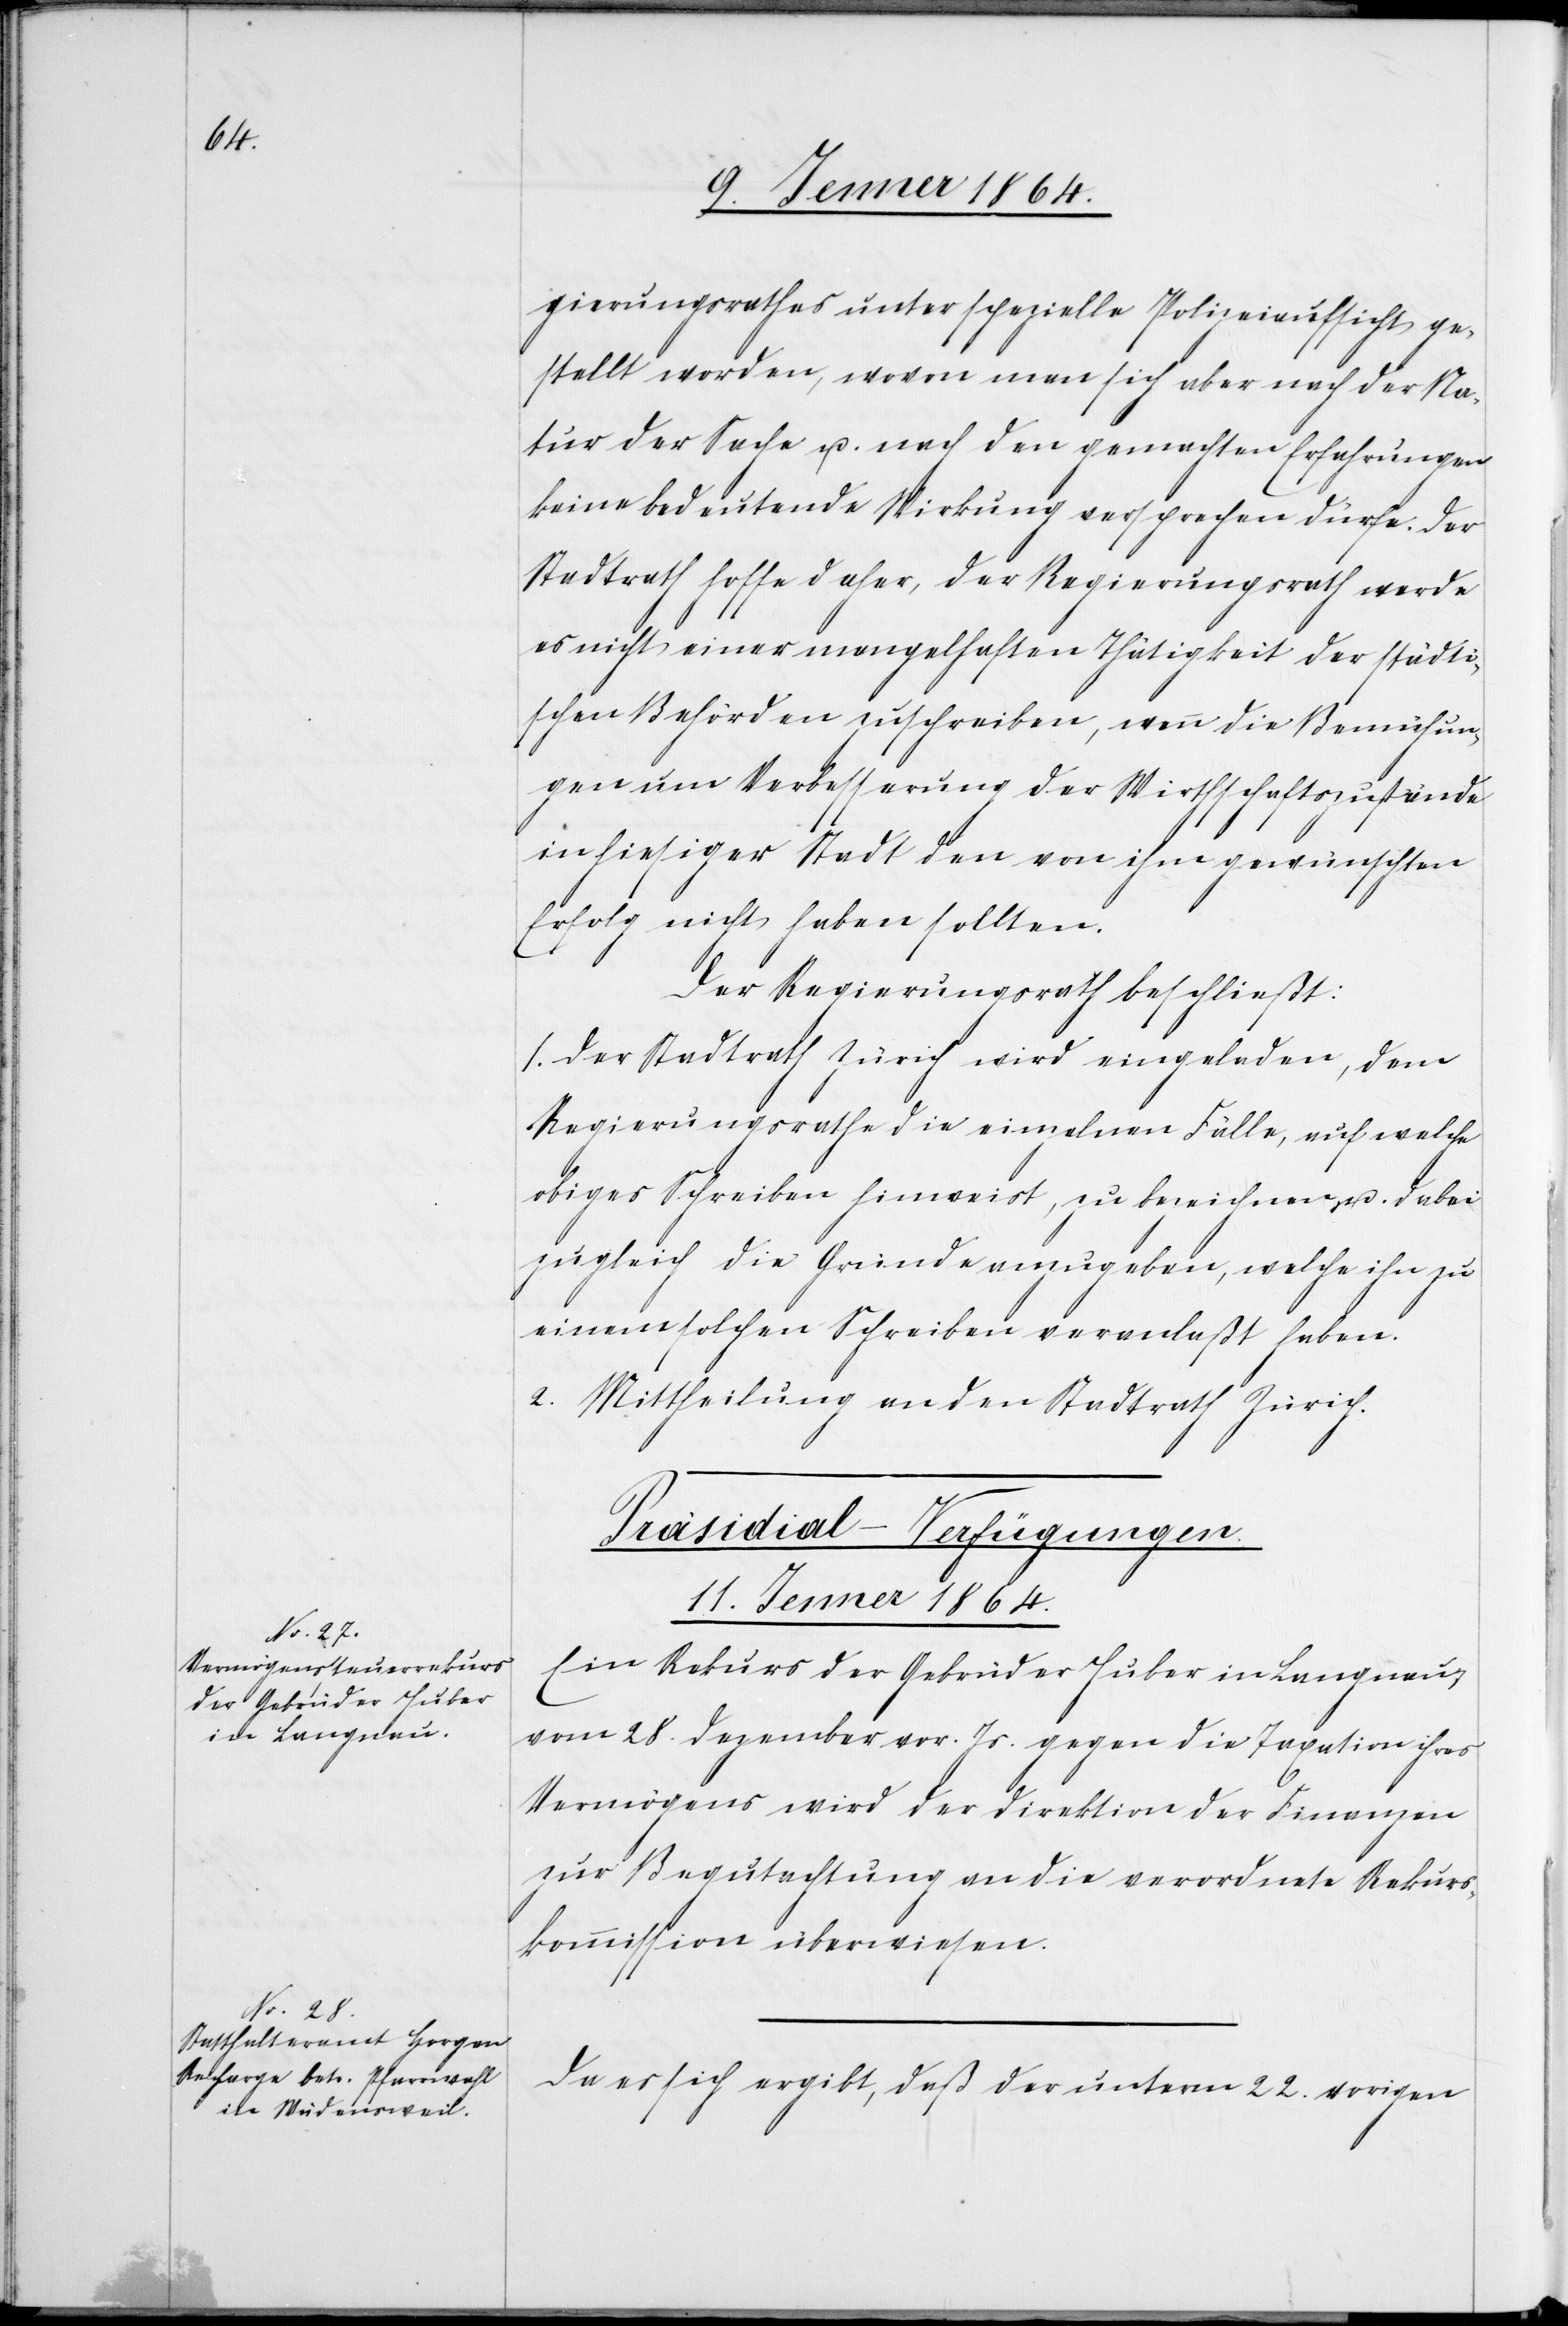
gierungsrathes unter spezielle Polizeiaufsicht ge¬
stellt worden, wovon man sich aber nach der Na¬
tur der Sache u. nach den gemachten Erfahrungen
keine bedeutende Wirkung versprechen dürfe. Der
Stadtrath hoffe daher, der Regierungsrath werde
es nicht einer mangelhaften Thätigkeit der städti¬
schen Behörden zuschreiben, wenn die Bemühun¬
gen um Verbesserung der Wirtschaftszustände
in hiesiger Stadt den von ihm gewünschten
Erfolg nicht haben sollten.
Der Regierungsrath beschließt:
1. Der Stadtrath Zürich wird eingeladen, dem
Regierungsrath die einzelnen Fälle, auf welche
obiges Schreiben hinweist, zu bezeichnen u. dabei
zugleich die Gründe anzugeben, welche ihn zu
einem solchen Schreiben veranlaßt haben.
2. Mittheilung an den Stadtrath Zürich.
[Präsidial-Verfügungen.
11. Jenner 1864.]
Ein Rekurs der Gebrüder Huber in Langnau
vom 28. Dezember vor. Js. gegen die Taxation ihres
Vermögens wird der Direktion der Finanzen
zur Begutachtung an die verordnete Rekurs¬
kommission überwiesen.
Da es sich ergibt, daß der unterm 22. vorigen